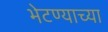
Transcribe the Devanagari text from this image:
भेटण्याच्या